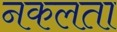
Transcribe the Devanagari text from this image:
नकलता